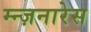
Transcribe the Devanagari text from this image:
म्न्ज़नारेस